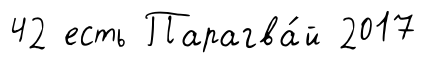
42 есть Парагва́й 2017